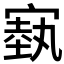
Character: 𪧢